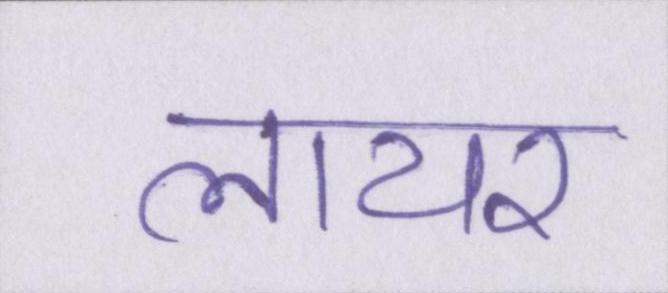
लायर